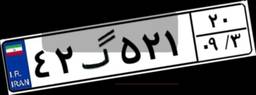
۴۲گ۵۲۱۲۰